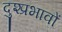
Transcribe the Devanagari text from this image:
दुश्प्रभावों